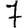
Digit: 7